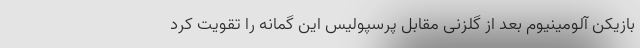
بازیکن آلومینیوم بعد از گلزنی مقابل پرسپولیس این گمانه را تقویت کرد